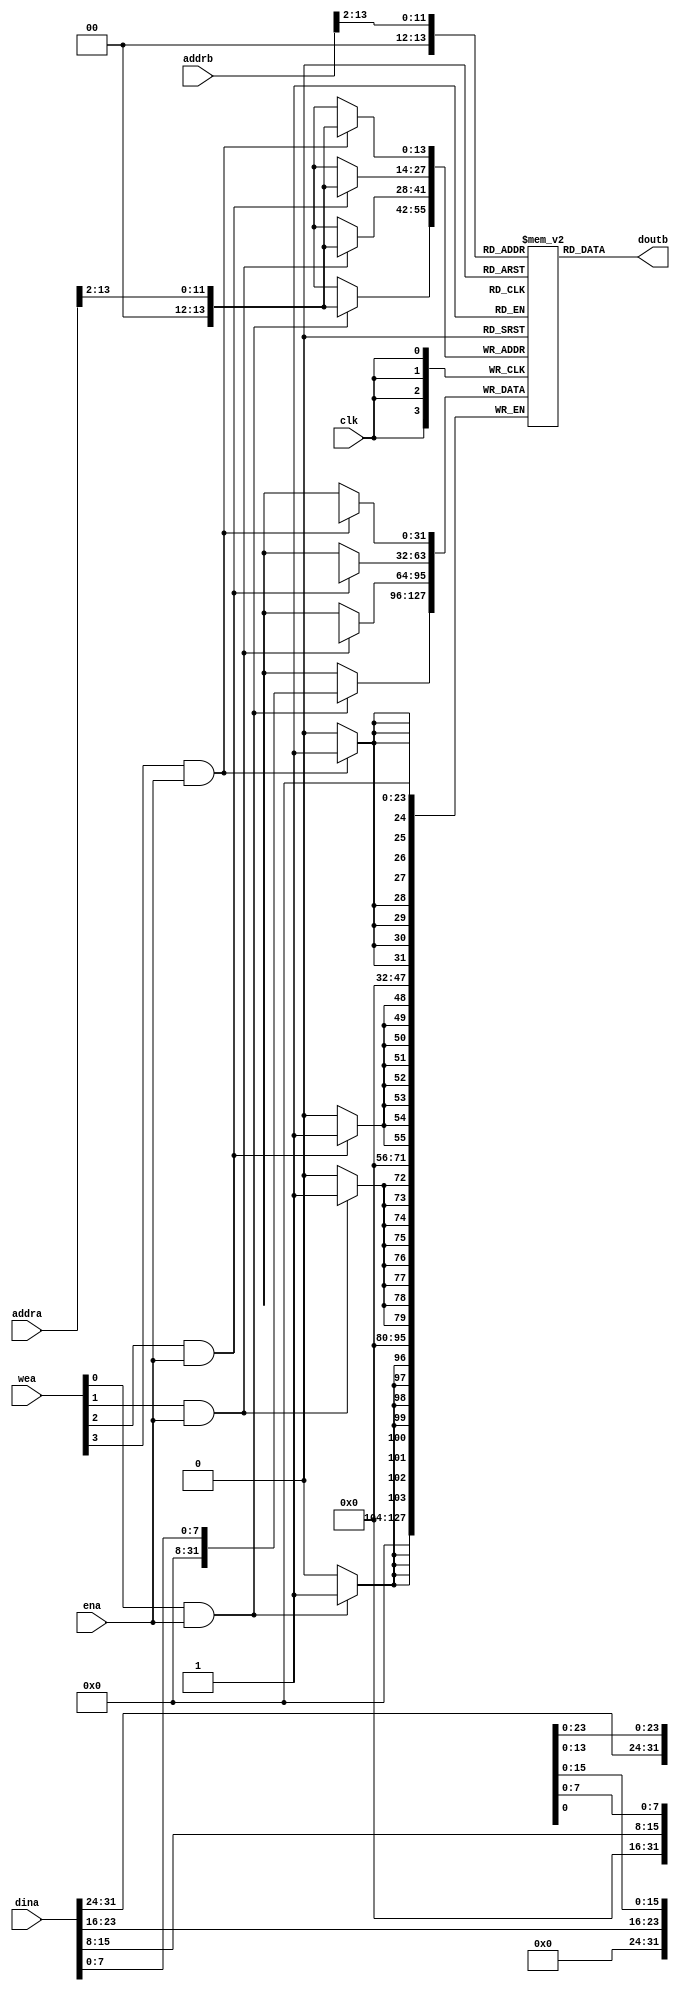
`timescale 1ns / 1ps
//////////////////////////////////////////////////////////////////////////////////
// Company: 
// Engineer: 
// 
// Design Name: 
// Module Name:    imem 
// Project Name: 
// Target Devices: 
// Tool versions: 
// Description: 
//
// Dependencies: 
//
// Revision: 
// Revision 0.01 - File Created
// Additional Comments: 
//
//////////////////////////////////////////////////////////////////////////////////
module imem (
  input clk,
  input ena,
  input [3:0] wea,
  input [13:0] addra,
  input [31:0] dina,
  input [13:0] addrb,
  output [31:0] doutb
);
  //reg [31:0] mem [4096-1:0];
  reg [31:0] mem [16384-1:0];
  wire[11:0] addra_align;
  wire[11:0] addrb_align;

  assign addra_align = addra[13:2];
  assign addrb_align = addrb[13:2];

  assign doutb = mem[addrb_align];

  genvar i;
  generate for (i = 0; i < 4; i = i+1) begin:imem_byte
    always @(posedge clk) begin
      if (wea[i] && ena)
          mem[addra_align][i*8 +: 8] <= dina[i*8 +: 8]; //indexed part selected.
    end
  end endgenerate
endmodule